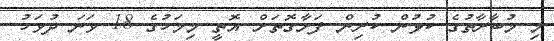
މި މުބާރާތުގެ ކުޅުން ކުރިން ފަށާގޮތަށް އޮތީ މިމަހުގެ 18 ވަނަ ދުވަހު